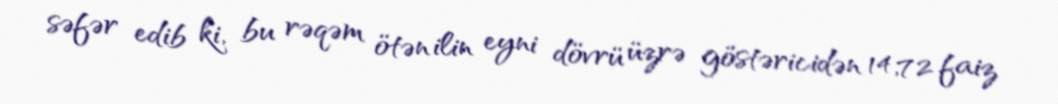
səfər edib ki, bu rəqəm ötən ilin eyni dövrü üzrə göstəricidən 14,72 faiz